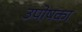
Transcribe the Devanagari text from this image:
उपोषका